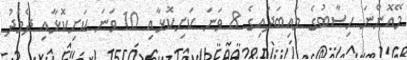
މޭއޮންނަ ހިސާބުގެ މައިބަދައިގެ 8 ވަނަ ކަށިކޮޅާއި 10 ވަނަ ކަށިކޮޅާއި ދެމެދު